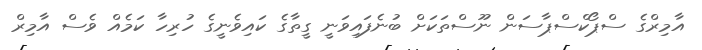
އާމިރްގެ ސްޕޯކްސްޕާސަން ނޫސްތަކަށް ބުނެފައިވަނީ ގީތާގެ ކައިވެނީގެ ހުރިހާ ކަމެއް ވެސް އާމިރް